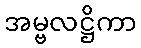
အမ္ဗလဋ္ဌိကာ